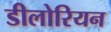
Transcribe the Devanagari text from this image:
डीलोरियन